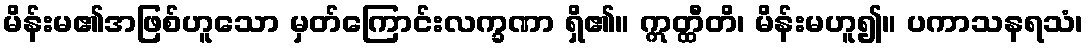
မိန်းမ၏အဖြစ်ဟူသော မှတ်ကြောင်းလက္ခဏာ ရှိ၏။ ဣတ္ထီတိ၊ မိန်းမဟူ၍။ ပကာသနရသံ၊